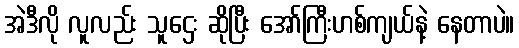
အဲဒီလို လူလည်း သူဌေး ဆိုပြီး အော်ကြီးဟစ်ကျယ်နဲ့ နေတာပဲ။